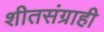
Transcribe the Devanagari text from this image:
शीतसंग्राही